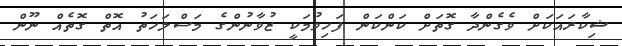
ޝިކާރައަކަށް ވެގެންދާ ގޮތަށް ކަންކަން ފަހިވުމަކީ ޒުވާނުންގެ މަސްލަހަތު އޮތް ގޮތެއް ނޫން